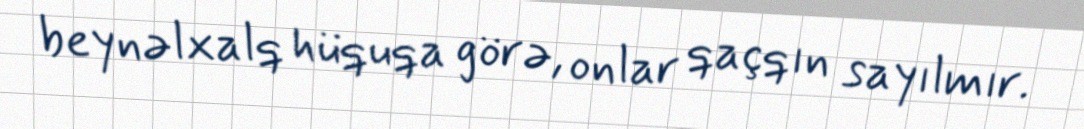
beynəlxalq hüquqa görə, onlar qaçqın sayılmır.